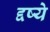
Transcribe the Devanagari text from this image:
द्दष्ये